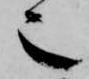
也